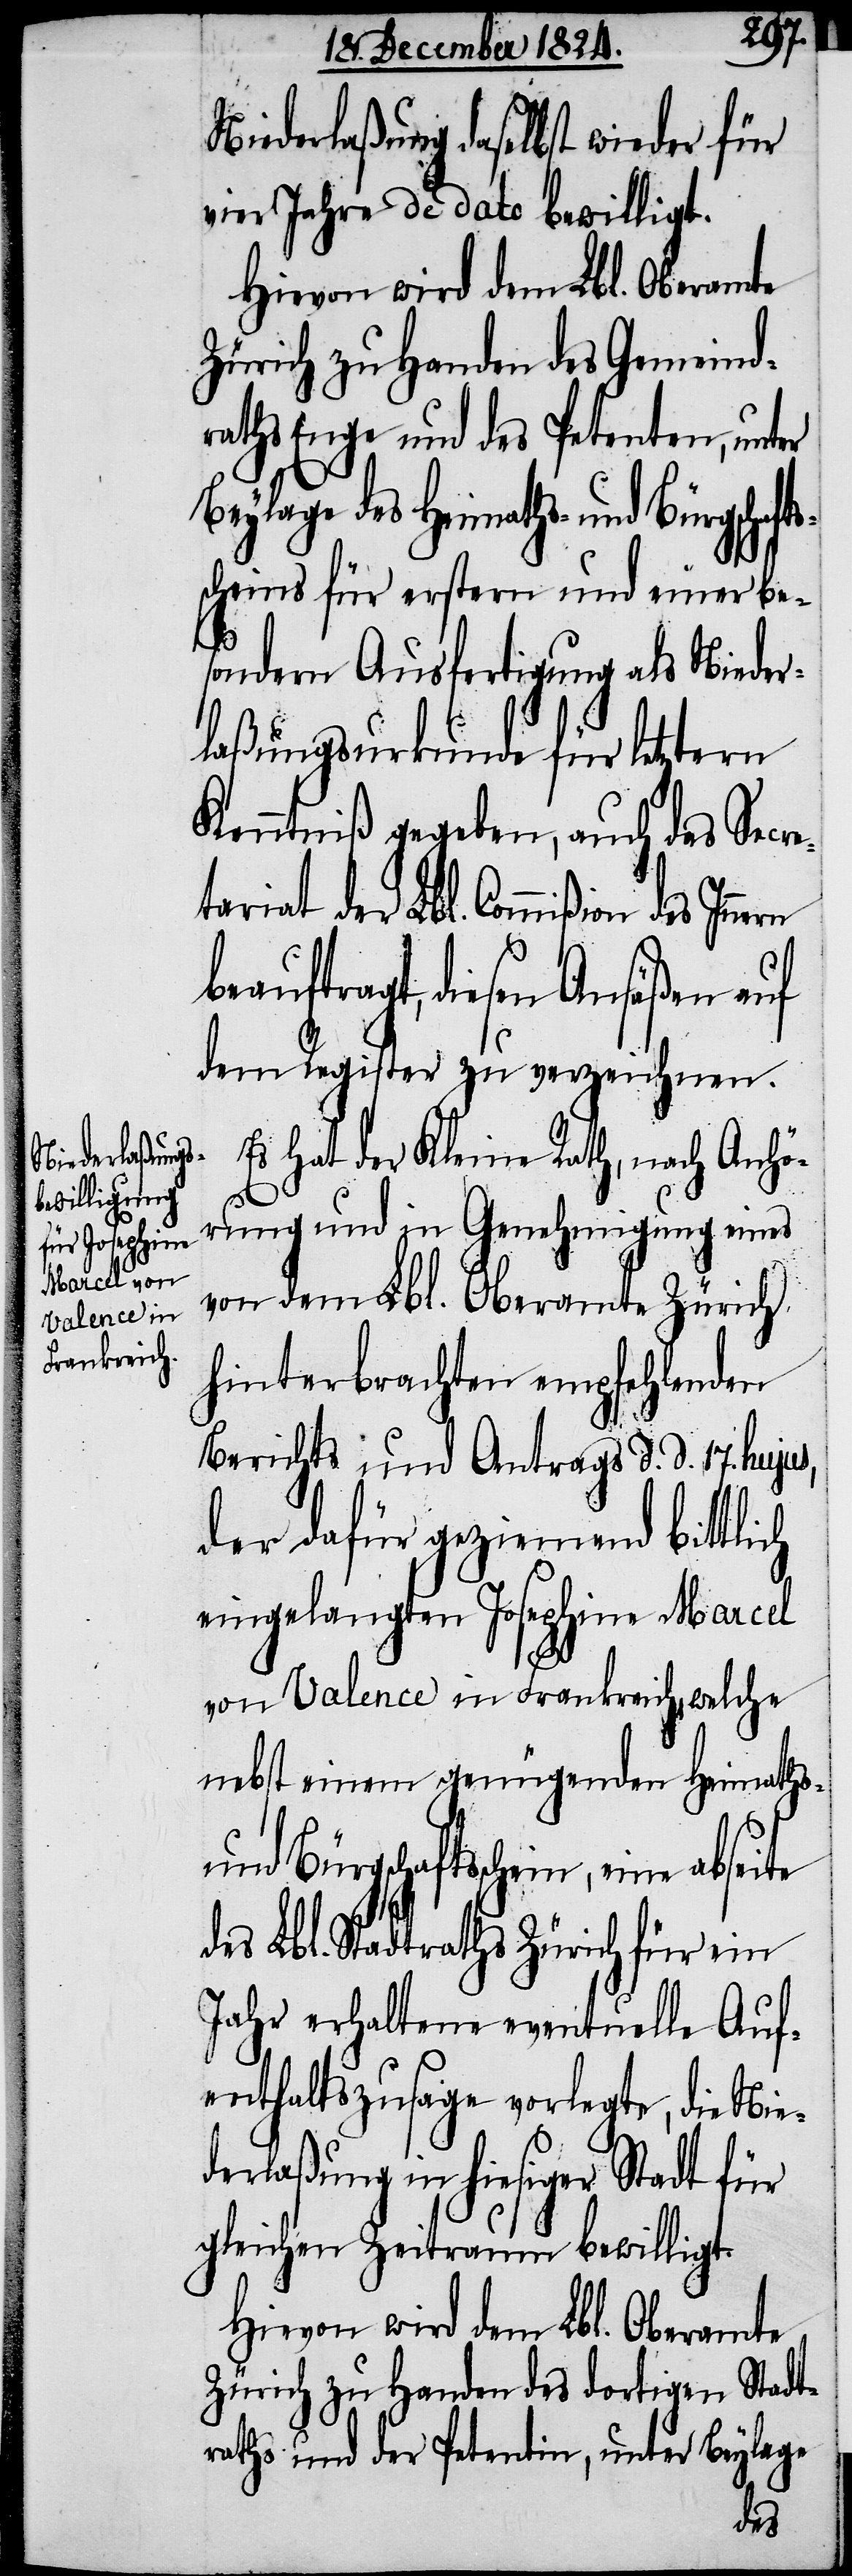
s,
Es hat der Kleine Rath, nach Anhö¬
rung und in Genehmigung eines
von dem Lbl. Oberamte Zürich
hinterbrachten empfehlenden
Berichts und Antrags d. d. 17. huju¬
der dafür geziemend bittlich
eingelangten Josephina Marcel
von Valence in Frankreich, welche
nebst einem genügenden Heimaths-
und Bürgschaftsschein, eine
des Lbl. Stadtraths Zürich für ein
Jahr erhaltene eventuelle Auf¬
enthaltszusage vorlegte, die Nie¬
derlaßung in hiesiger Stadt für
gleichen Zeitraum bewilligt.
Hievon wird dem Lbl. Oberamte
Zürich zu Handen des dortigen Stadt¬
raths und der Petentin, unter Beylage